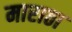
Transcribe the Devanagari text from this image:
माराठा